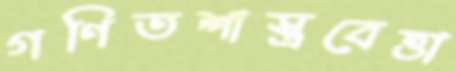
গণিতশাস্ত্রবেত্তা